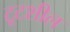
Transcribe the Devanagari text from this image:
टूटशील